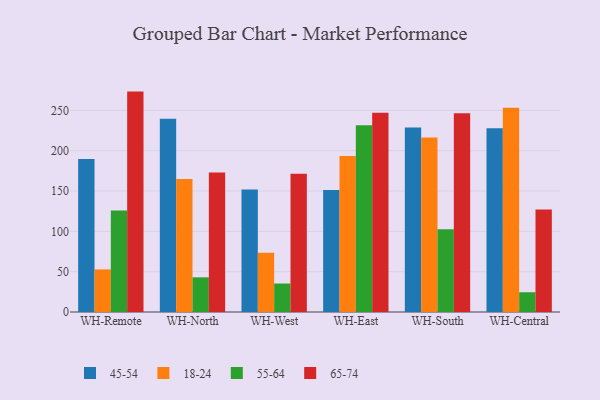
{"axis": {"x": "Warehouse", "y": "Satisfaction Score"}, "legend": ["18-24", "45-54", "55-64", "65-74"], "data": [{"x": "WH-Remote", "y": 189.8, "type": "45-54"}, {"x": "WH-Remote", "y": 52.8, "type": "18-24"}, {"x": "WH-Remote", "y": 125.9, "type": "55-64"}, {"x": "WH-Remote", "y": 273.3, "type": "65-74"}, {"x": "WH-North", "y": 239.7, "type": "45-54"}, {"x": "WH-North", "y": 164.8, "type": "18-24"}, {"x": "WH-North", "y": 43.0, "type": "55-64"}, {"x": "WH-North", "y": 173.0, "type": "65-74"}, {"x": "WH-West", "y": 151.8, "type": "45-54"}, {"x": "WH-West", "y": 73.5, "type": "18-24"}, {"x": "WH-West", "y": 35.3, "type": "55-64"}, {"x": "WH-West", "y": 171.4, "type": "65-74"}, {"x": "WH-East", "y": 151.3, "type": "45-54"}, {"x": "WH-East", "y": 193.4, "type": "18-24"}, {"x": "WH-East", "y": 231.6, "type": "55-64"}, {"x": "WH-East", "y": 247.2, "type": "65-74"}, {"x": "WH-South", "y": 228.7, "type": "45-54"}, {"x": "WH-South", "y": 216.5, "type": "18-24"}, {"x": "WH-South", "y": 102.5, "type": "55-64"}, {"x": "WH-South", "y": 246.5, "type": "65-74"}, {"x": "WH-Central", "y": 227.8, "type": "45-54"}, {"x": "WH-Central", "y": 253.2, "type": "18-24"}, {"x": "WH-Central", "y": 24.5, "type": "55-64"}, {"x": "WH-Central", "y": 127.1, "type": "65-74"}]}